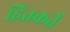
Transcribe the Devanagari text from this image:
हितकर्ते